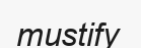
mustify